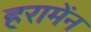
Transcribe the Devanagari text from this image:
हरामेंन